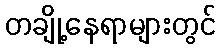
တချို့နေရာများတွင်